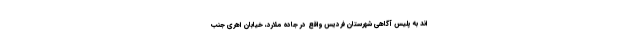
اند به پلیس آگاهی شهرستان فردیس واقع در جاده ملارد، خیابان اهری جنب